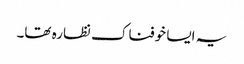
یہ ایسا خوفناک نظارہ تھا۔